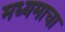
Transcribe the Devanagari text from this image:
मध्यमाचा